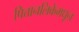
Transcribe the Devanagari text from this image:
पित्तानलिकेमधून